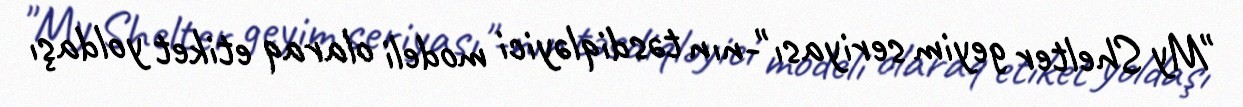
"My Shelter geyim seriyası"-nın təsdiqləyici modeli olaraq etiket yoldaşı